Vital statistics of India. Vol. V, Reports of 1876 on armies & jails and on epidemic cholera
Year: 1876
Disease focus: Cholera
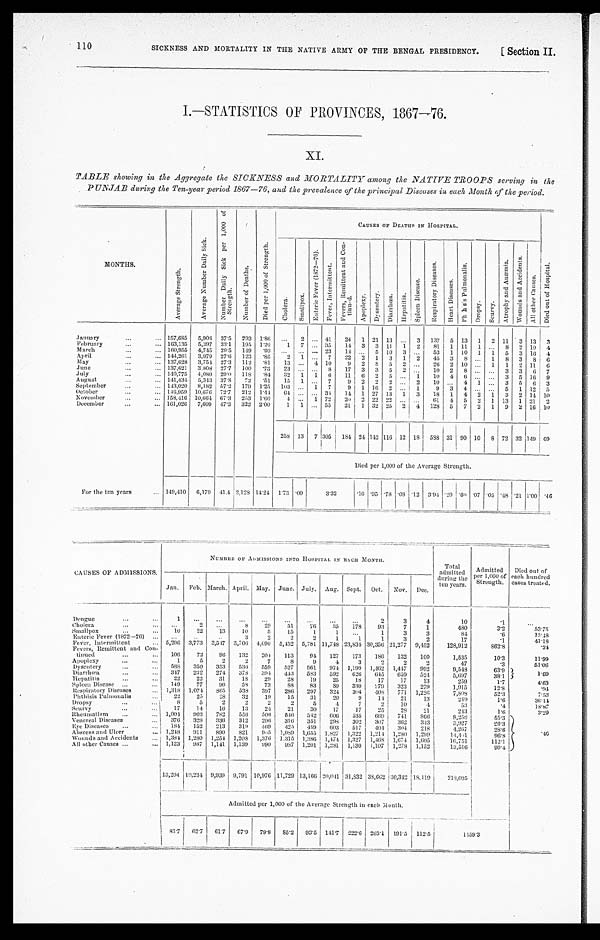
SICKNESS AND MORTALITY IN THE NATIVE ARMY OF THE BENGAL PRESIDENCY.
110
[Section II.
I.—STATISTICS OF PROVINCES, 1867—76.
XI.
TABLE showing in the Aggregate the SICKNESS and MORTALITY among the NATIVE TROOPS serving in the
PUNJAB during the Ten-year period 1867—76, and the prevalence of the principal Diseases in each Month of the period.
MONTHS.
A v e r a g e S t r e n g t h .
A v e r a g e N u m b e r D a i l y S i c k .
N u m b e r D a i l y S i c k p e r 1 , 0 0 0 o f S t e n g t h .
N u m b e r o f D e a t h s .
D i e d p e r 1 , 0 0 0 o f S t r e n g t h .
CAUSES OF DEATHS IN HOSPITAL.
D i e d o u t o f H o s p i t a l .
C h o l e r a .
S m a l l p o x .
E n t e r i c F e v e r ( 1 8 7 2 — 7 6 ) .
F e v e r , I n t e r m i t t e n t .
F e v e r s , R e m i t t e n t a n d C o n - t i n u e d .
A p o p l e x y .
D y s e n t e r y .
D i a r r h œ a .
H e p a t i t i s .
S p l e e n D i s e a s e .
R e s p i r a t o r y D i s e a s e s .
H e a r t D i s e a s e s .
P h t h i s i s P u l m o n a l i s .
D r o p s y .
S c u r v y .
A t r o p h y a n d A n æ m i a .
W o u n d s a n d A c c i d e n t s .
A l l o t h e r C a u s e s .
January . . .
157,685
5,908 37.5
293 1.86
. . .
2
. . . 41
24
1 21 13
. . . 3
137
5 13
1
2 11
3 13
3
February . . .
163,135
5,397
33.1
195
1.20
1
7
. . . 35
14
3
3
1 1
1
2
81
1 11
1
. . .
8
2 10
4
March . . .
160,955
4,745 29.5
149
.93
. . .
. . . . . . 23
14
. . . 5
10
3
. . .
53
1
10
1
1
5
3 16 4
April . . .
144,261
3,979
27.6
123
.85
2
1
. . .
7
22
2
1
3
1
2
45
3
8
. . .
1
8
3
8
6
May . . .
137,628
3,754 27.3
112
.81
13
. . . 4 10
9
2
8
5
2
. . .
26
2 10
. . .
1
1
2 11
6
June . . .
137,621
3,808 27.7
100
.73
23
. . . . . .
8
17
3
3
5
2
. . .
10
2
8
. . .
. . .
3
3
6
7
July . . .
140,775
4,080 29.0
118
.84
32
1
1
6
11
6
2
5
. . .
1
10
4
6
. . .
. . . 3
5
1 6 9
August . . .
141,434
5,343 37.8
72
.51
15
1
. . .
7
9
2
2
2
. . .
2
10
. . . 4
1
. . .
3
5
6
3
September . . .
143,020 8,182 57.2
179
1.25
103
. . . 1
7
9
1 16 2
. . .
1
9
3
4
. . .
. . .
5
1 12
5
October . . .
146.959 10,676
72.7
212
1.44
64
. . . . . . 34
14
1 27 13
1
3
18
1
4
2
1
3
2 14 10
November . . .
158,416 10,664 67.3
253
1.60
4
. . .
1 72
20
2 22 22
. . .
. . . 61
4
5
2
1
13
1 21
2
December . . .
161,026
7,609
47.3
322 2.00
1
1
. . . 55
21
1 32 25
2
4
128
5
7
2
1
9
2 16 10
258 13
7 305
184 24 142 116 12 18
588 31 90
1 0 8 72 32 149 69
Died per 1,000 of the Average Strength.
For the ten years . . . 149,410
6,179
41.4 2,128 14.24 1.73 .09
3.32
.16 .95 .78 .08 .12
3.94 .20
. 6 0 .07 .05 .48 .21 1.00 .46
CAUSES OF ADMISSIONS.
NUMBER OF ADMISSIONS INTO HOSPITAL IN RACH MONTH.
Total
admitted during the ten years.
Admitted
per 1,000 of
Strength.
Died out of
each hundred
cases treated.
Jan.
Feb. March. April. May.
June. July.
Aug. Sept.
Oct.
Nov.
Dec.
Dengue . . .
1
. . .
. . .
. . .
. . .
. . .
. . .
. . .
. . .
2
3
4
10
.1
. . .
Cholera . . .
. . .
2
. . .
8
29
51
76
35
178
93
7
1
480
3.2
53.75
Smallpox . . .
10
22
13
10
5
15
1
1
. . .
1
3
3
84
.6
15.48
Enteric Fever (1872—76) . . .
. . .
. . .
. . .
3
2
2
2
1
1
1
3
2
17
.1
41.18
Fever, Intermittent . . .
5,296
3,773
3,547
3,706 4,690
5,452 5,781 11,748 23,834 30,356 21,277
9,452
128,912
862.8
. 2 4
Fevers, Remittent and Con
-
tinued . . .
106
72
96
132
204
113
94
127
173
186
132
100
1,535
10.3
11.99
Apoplexy . . .
1
5
2
2
7
8
9
4
3
2
2
2
47
.3
51.06
Dysentery . . .
588
350
353
536
559
527
561
974
1,199
1,4.62
1,447
992
9,548
63.9
1.69
Diarrhœa . . .
347
232
274
378
394
443
583
592
626
645
659
524
5,697
38.1
Hepatitis . . .
22
22
31
18
29
28
19
25
18
17
17
13
259
1.7
4.63
Spleen Disease . . .
149
77
96
58
73
88
83
8 0
330
279
323
279
1,915
12.8
. 9 4
Respiratory Diseases . . .
1,318 1,074
865
538
397
286
297
324
304
408
771
1,226
7,808
52.3
7 . 5 3
Phthisis Pulmonalis . . .
22
25
28
32
19
15
31
20
9
14
21
13
249
1.6
3 6 . 1 4
Dropsy . . .
8
5
2
2
2
2
5
4
7
2
10
4
53
.4
18.87
Scurvy . . .
17
14
16
13
24
21
30
17
17
25
28
21
243
1.6
3.29
Rheumatism . . .
1,004
9 0 3
782
556
506
5 4 6
542
606
535
669
741
866
8,258
55.3
.46
Venereal Diseases . . .
376
328
336
312
296
316
351
298
302
307
362
343
3,927
26.3
Eye Diseases . . .
184
152
213
319
469
425
459
603
517
404 304
218
4,267
28.6
Abscess and Ulcer . . .
1,248
911
890
821
905
1,089
1,655 1,827
1,322
1,214 1,280
1,299
14,461
96.8
Wounds and Accidents . . .
1,384
1,280
1,254
1,208
1,376
1,315
1,386
1,474 1,327
1,468 1,674
1,605
16,751
112.1
All other Causes . . .
1,123
987
1,141
1,139
990
987
1,201
1,281
1,130
1,107
1,278
1,152
13,516
90.4
13,204 19,234 9,939 9,791 10,976 11,729 13,166
2 0 , 0 4 1 31,832 38,662
30,342
1 8 , 1 1 9
218,035
Admitted per 1,000 of the Average Strength in each Month.
83.7
62.7 61.7
67.9
79.8
85.2
93.5
141.7 222.6
263.1
191.5
112.5
1459.3